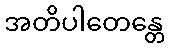
အတိပါတေန္တေ